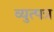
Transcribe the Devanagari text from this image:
व्युत्पत्र